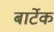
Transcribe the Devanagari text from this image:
बार्टेक